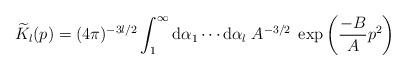
LaTeX: \begin{align*}\widetilde{K}_l(p)=(4\pi)^{-3l/2}\int_{1}^{\infty}{\rm d}\alpha_1\cdots{\rm d}\alpha_l\;A^{-3/2}\;\exp\left(\frac{-B}{A}p^2\right)\end{align*}